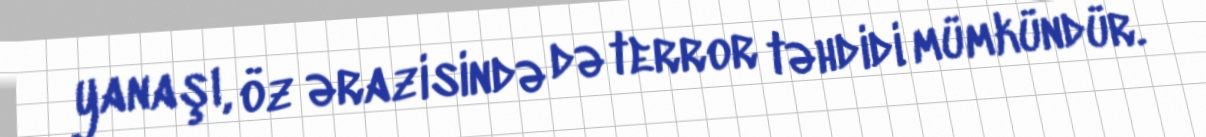
yanaşı, öz ərazisində də terror təhdidi mümkündür.